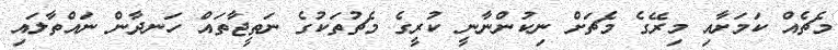
މެޗެއް ކަމަށާއި މިރޭގެ މެޗަށް ނިކުންނާނީ ކުރީގެ މެޗުތަކުގެ ނަތީޖާތައް ހަނދާން ނައްތާލައި